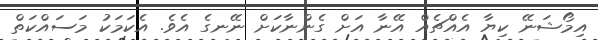
އިމޯޝަނޭ ކިޔާ އެއްޗެއް އޭނާ އަށް ގެންނާކަށް ނޭނގެ އެވެ. އެކަމަކު މަސައްކަތް